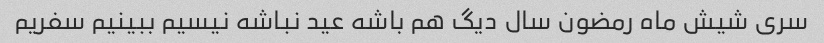
سری شیش ماه رمضون سال دیگ هم باشه عید نباشه نیسیم ببینیم سفریم